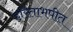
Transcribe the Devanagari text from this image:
हरिताभपीत